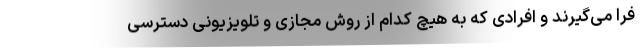
فرا می‌گیرند و افرادی که به هیچ کدام از روش مجازی و تلویزیونی دسترسی